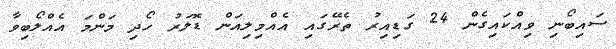
ސައިބޯނި ވިއްކައިގެން 24 ގަޑިއިރު ތެރޭގައި އެއްމިލިއަން ޑޮލަރު ހޯދި މަންމަ އެއްލޯބިވާ